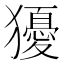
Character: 獶